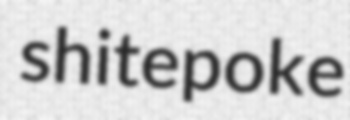
shitepoke